Vaccine operations Central Provinces & Berar 1912-1920 - 1912-1920
Year: 1912
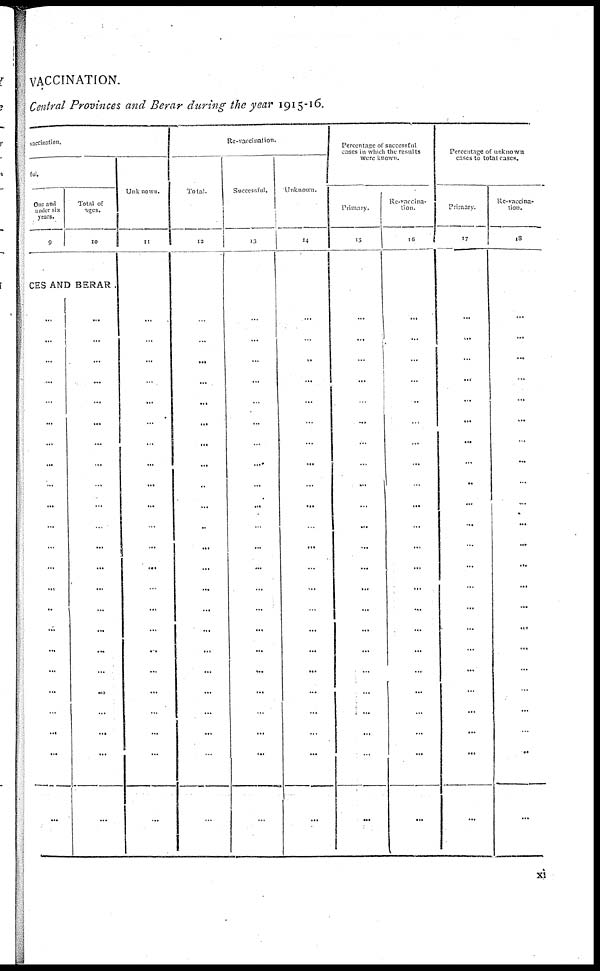
VACCINATION.
Central Provinces and Berar during the year 1915-16.
vaccination.
ful.
One and
under six
years.
9
Total of
ages.
10
CES AND BERAR.
...
...
...
...
...
...
...
...
...
...
...
...
...
...
...
...
...
...
...
...
...
...
...
...
...
...
...
...
...
...
...
...
...
...
...
...
...
...
...
...
...
...
...
...
...
...
Re-vaccination.
Unknown.
11
...
...
...
...
...
...
...
...
...
...
...
...
...
...
...
...
...
...
...
...
...
...
...
Total.
12
...
...
...
...
...
...
...
...
...
...
...
...
...
...
...
...
...
...
...
...
...
...
...
Successful.
13
...
...
...
...
...
...
...
...
...
...
...
...
...
...
...
...
...
...
...
...
...
...
...
Unknown.
14
...
...
...
...
...
...
...
...
...
...
...
...
...
...
...
...
...
...
...
...
...
...
...
Percentage of successful
cases in which the results
were known.
Primary.
15
...
...
...
...
...
...
...
...
...
...
...
...
...
...
...
...
...
...
...
...
...
...
...
Re-vaccina-
tion.
16
...
...
...
...
...
...
...
...
...
...
...
...
...
...
...
...
...
...
...
...
...
...
...
Percentage of unknown
cases to total cases.
Primary.
17
...
...
...
...
...
...
...
...
...
...
...
...
...
...
...
...
...
...
...
...
...
...
...
Re-vaccina-
tion.
18
...
...
...
...
...
...
...
...
...
...
...
...
...
...
...
...
...
...
...
...
...
...
...
xi